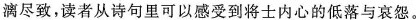
漓尽致，读者从诗句里可以感受到将士内心的低落与哀怨。